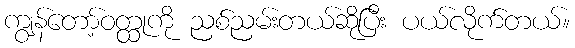
ကျွန်တော့်ဝတ္ထုကို ညစ်ညမ်းတယ်ဆိုပြီး ပယ်လိုက်တယ်။